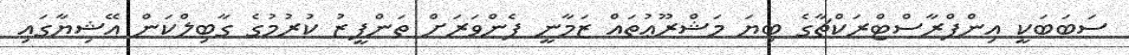
ސަބަބަކީ އިންފްރާސްޓްރަކްޗާގެ ބިޔަ މަޝްރޫޢުތައް ޒަމާނީ ފެންވަރަށް ތަންފީޒު ކުރުމުގެ ގާބިލްކަން އޭޝިޔާގައި